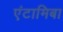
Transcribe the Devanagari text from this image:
एंटामिबा